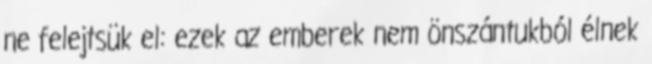
ne felejtsük el: ezek az emberek nem önszántukból élnek